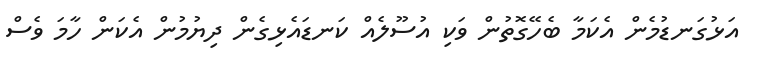
އަޅުގަނޑުމެން އެކަމާ ބެހޭގޮތުން ވަކި އުސޫލެއް ކަނޑައެޅިގެން ދިޔުމުން އެކަން ހާމަ ވެސް